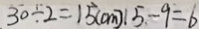
3 0 \div 2 = 1 5 ( c m ) 1 5 - 9 = 6